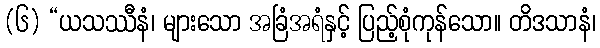
(၆) “ယသဿီနံ၊ များသော အခြံအရံနှင့် ပြည့်စုံကုန်သော။ တိဒသာနံ၊